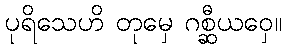
ပုရိသေဟိ တုမှေ ဂစ္ဆီယဝှေ။